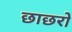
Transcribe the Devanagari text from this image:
छाछरो